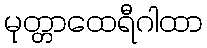
မုတ္တာထေရီဂါထာ